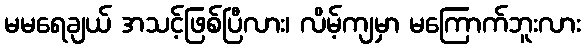
မမရေချယ် အသင့်ဖြစ်ပြီလား၊ လိမ့်ကျမှာ မကြောက်ဘူးလား